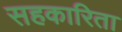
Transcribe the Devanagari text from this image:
सहकारिता